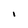
Character: l